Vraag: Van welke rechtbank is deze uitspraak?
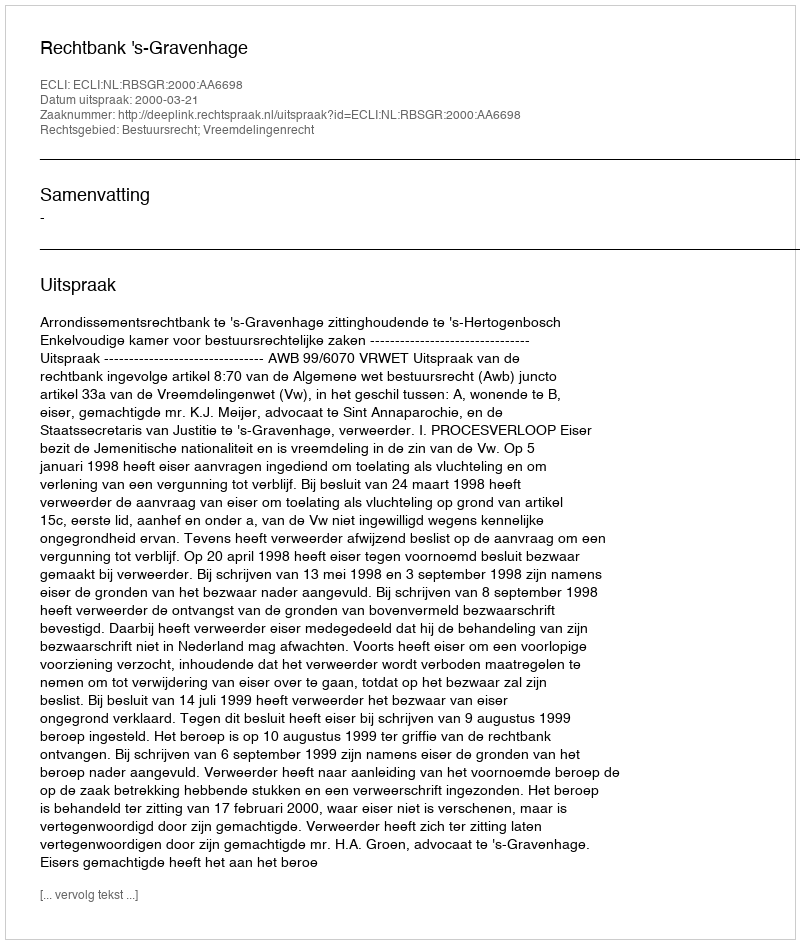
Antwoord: Rechtbank 's-Gravenhage